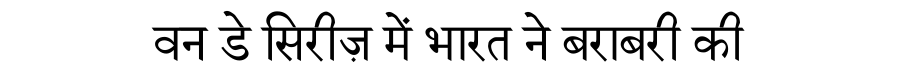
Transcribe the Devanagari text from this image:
वन डे सिरीज़ में भारत ने बराबरी की